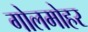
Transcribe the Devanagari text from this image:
गोलमोहर